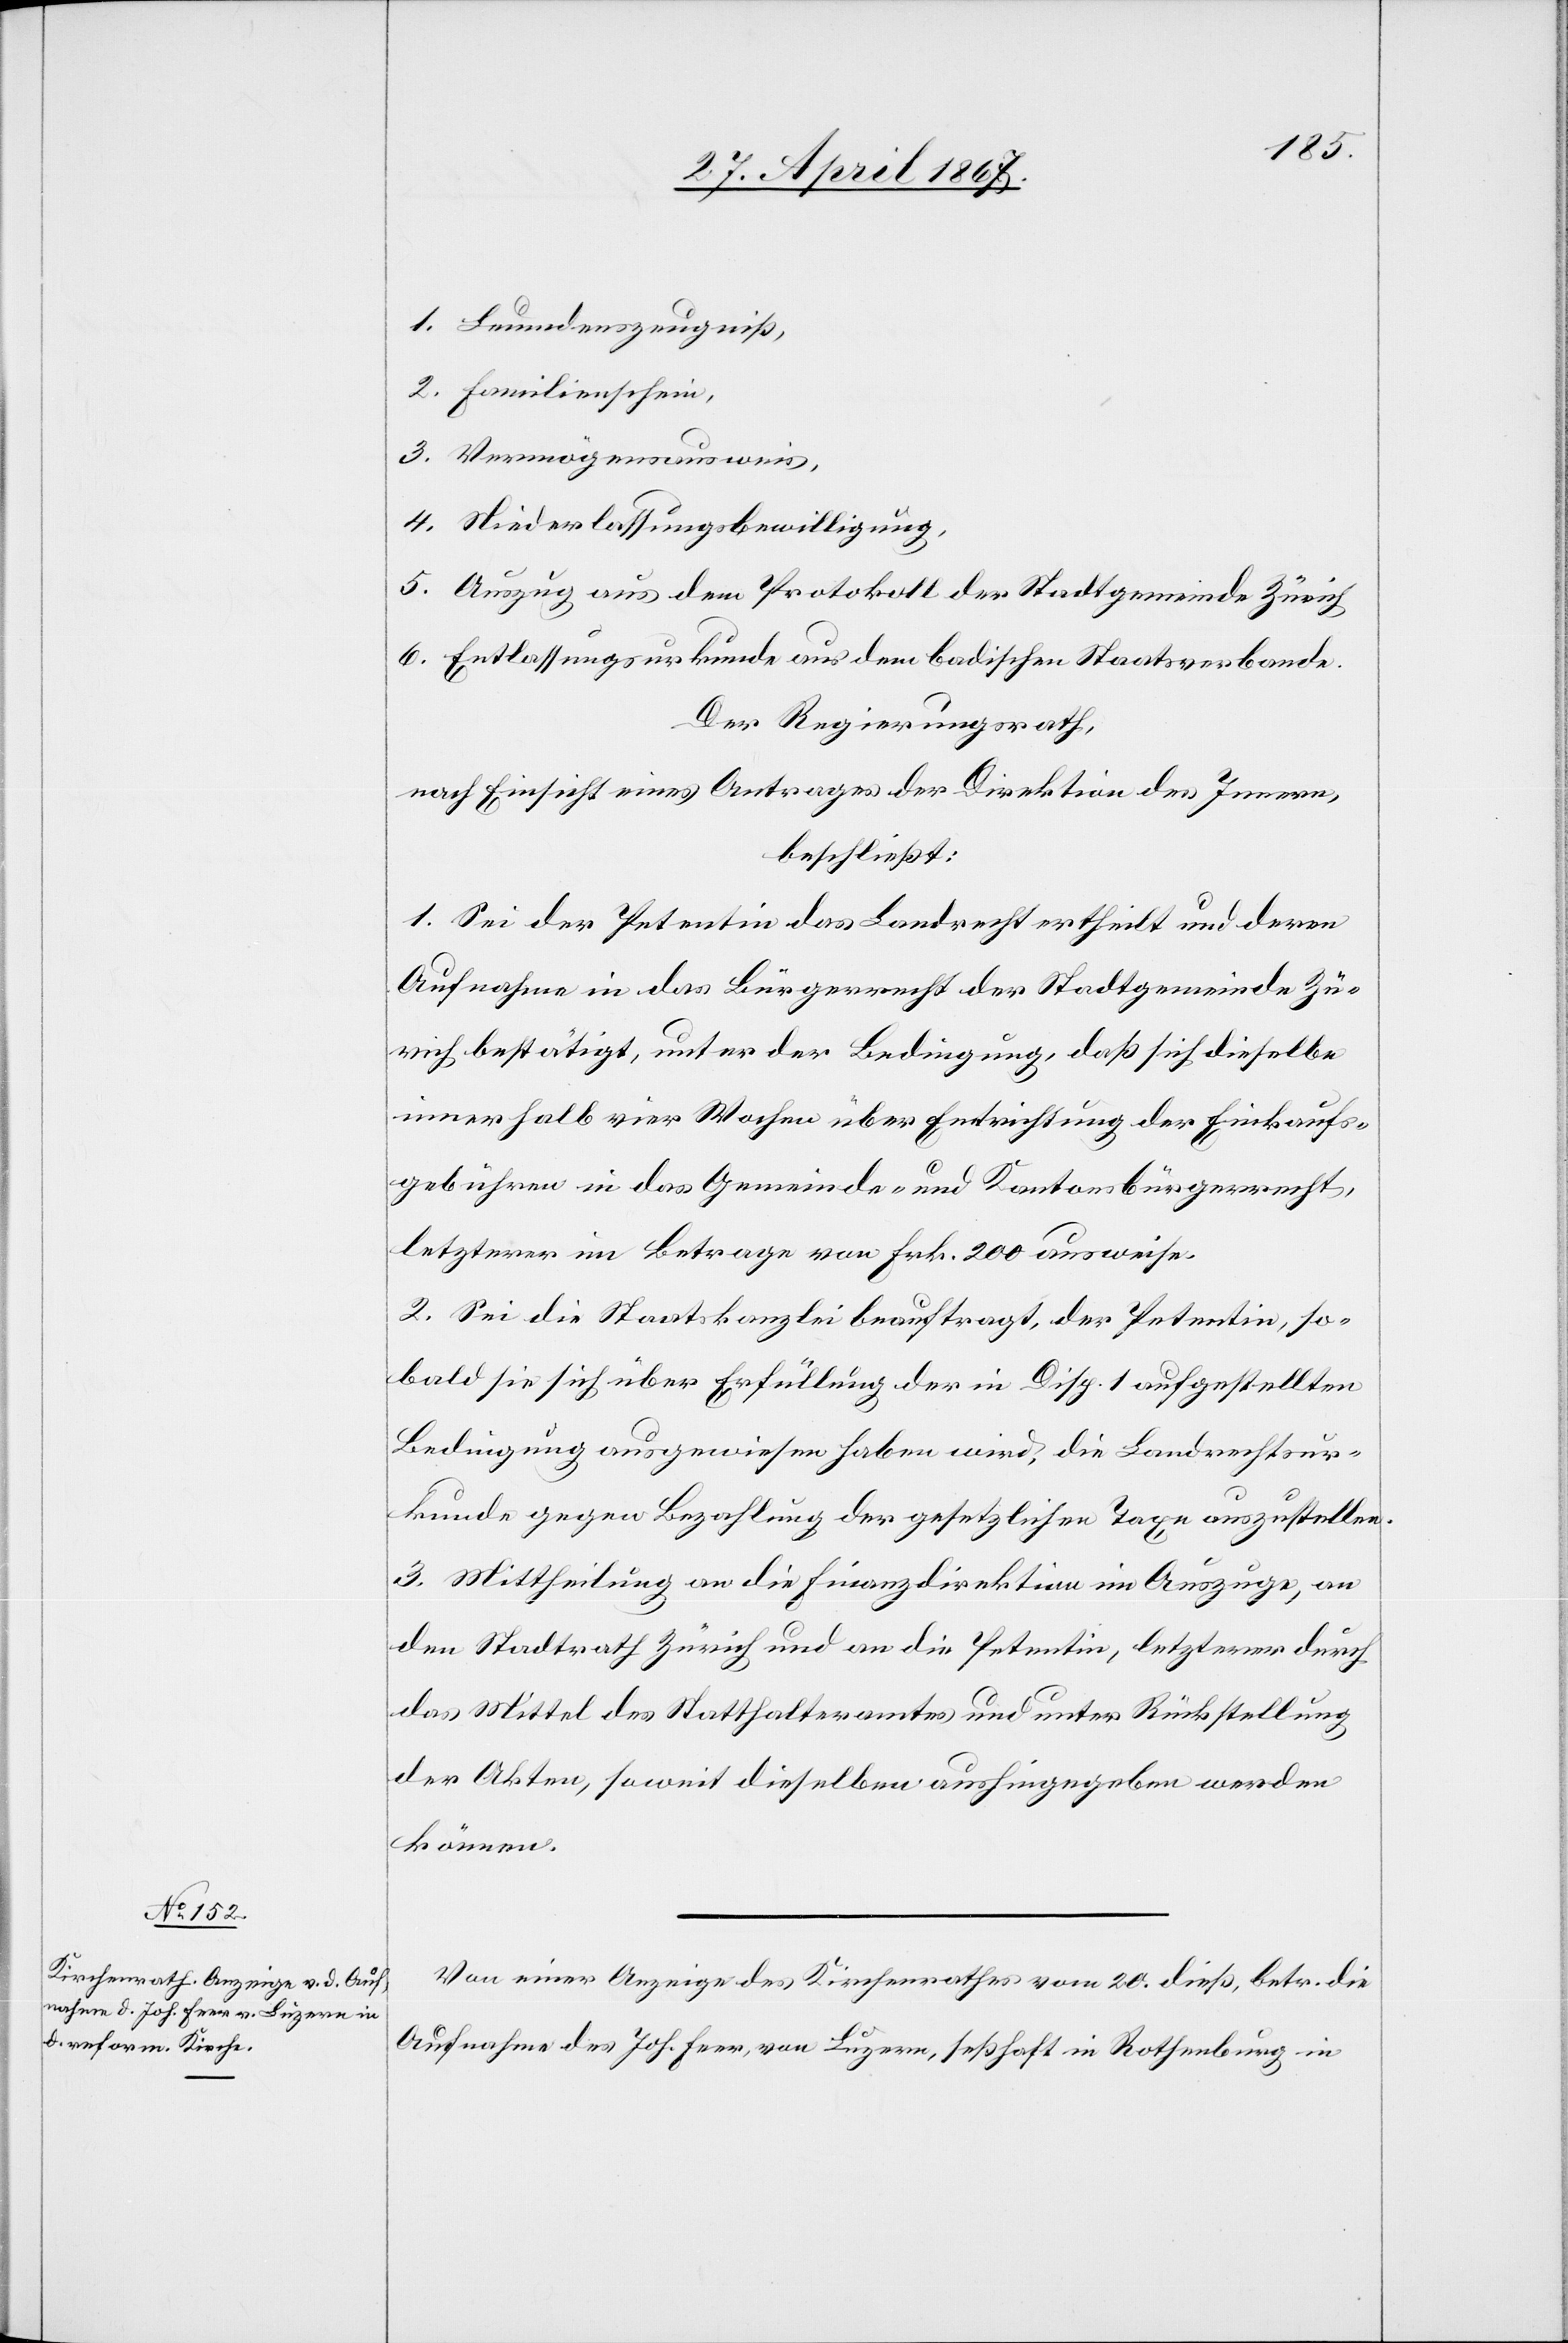
1. Leumdenszeugniß,
2. Familienschein,
3. Vermögensausweis,
4. Niederlassungsbewilligung,
5. Auszug aus dem Protokoll der Stadtgemeinde Zürich
6. Entlassungsurkunde aus dem badischen Staatsverbande.
Der Regierungsrath,
nach Einsicht eines Antrages der Direktion des Innern,
beschließt:
1. Sei der Petentin das Landrecht ertheilt und deren
Aufnahme in das Bürgerrecht der Stadtgemeinde Zü¬
rich bestätigt, unter der Bedingung, daß sich dieselbe
innerhalb vier Wochen über Entrichtung der Einkaufs¬
gebühren in das Gemeinde- und Kantonsbürgerrecht,
letzterer im Betrage von Frk. 200 ausweise.
2. Sei die Staatskanzlei beauftragt, der Petentin, so¬
bald sie sich über Erfüllung der in Disp. 1 aufgestellten
Bedingung ausgewiesen haben wird, die Landrechtsur¬
kunde gegen Bezahlung der gesetzlichen Taxe auszustellen.
3. Mittheilung an die Finanzdirektion im Auszuge, an
den Stadtrath Zürich und an die Petentin, letzterer durch
das Mittel des Statthalteramtes und unter Rückstellung
der Akten, soweit dieselben aushingegeben werden
können.
Von einer Anzeige des Kirchenrathes vom 20. dieß, betr. die
Aufnahme des Joh. Feer, von Luzern, seßhaft in Rothenburg in